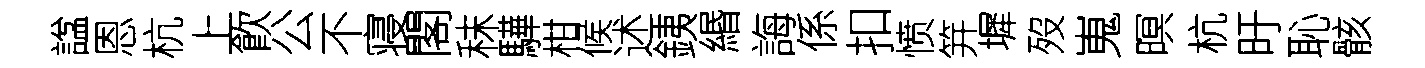
諡恩杭上飮公不寝閣秣驊柑候述銕緡誨係扣愤笄墀歿嵬暝杭旴恥骸